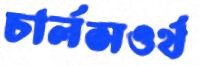
চার্লসওর্থ